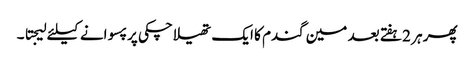
پھر ہر 2 ہفتے بعد مین گندم کا ایک تھیلا چکی پر پسوانے کیلئے لیجتا ۔